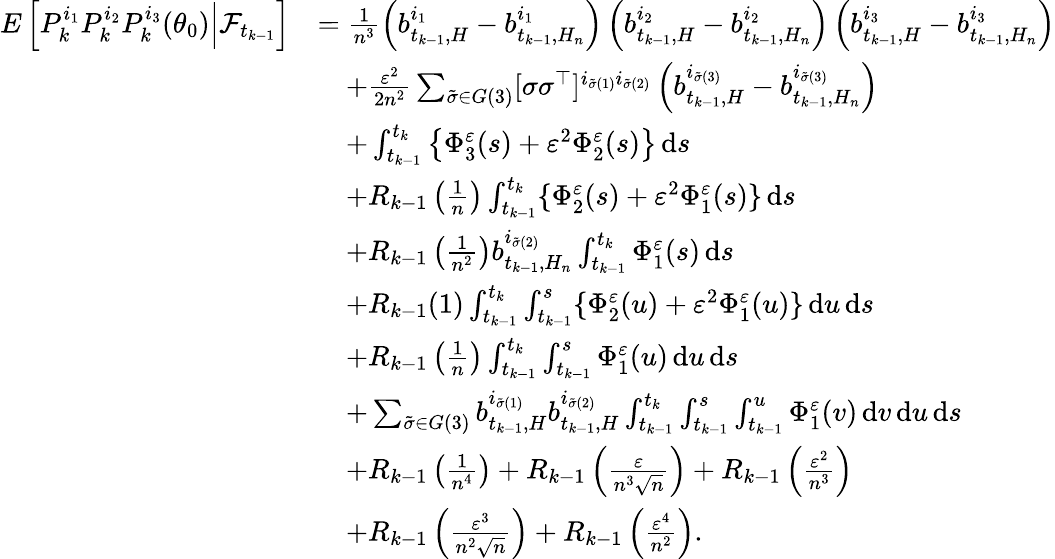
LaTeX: \begin{array}{rl}{E\left[P_{k}^{i_{1}}P_{k}^{i_{2}}P_{k}^{i_{3}}(\theta_{0})\Big|\mathcal{F}_{t_{k-1}}\right]}&{=\frac{1}{n^{3}}\left(b_{t_{k-1},H}^{i_{1}}-b_{t_{k-1},H_{n}}^{i_{1}}\right)\left(b_{t_{k-1},H}^{i_{2}}-b_{t_{k-1},H_{n}}^{i_{2}}\right)\left(b_{t_{k-1},H}^{i_{3}}-b_{t_{k-1},H_{n}}^{i_{3}}\right)}\\ &{\quad+\frac{\varepsilon^{2}}{2n^{2}}\sum_{\tilde{\sigma}\in G(3)}[\sigma\sigma^{\top}]^{i_{\tilde{\sigma}(1)}i_{\tilde{\sigma}(2)}}\left(b_{t_{k-1},H}^{i_{\tilde{\sigma}(3)}}-b_{t_{k-1},H_{n}}^{i_{\tilde{\sigma}(3)}}\right)}\\ &{\quad+\int_{t_{k-1}}^{t_{k}}\left\{ \Phi_{3}^{\varepsilon}(s)+\varepsilon^{2}\Phi_{2}^{\varepsilon}(s)\right\} \, \mathrm{d}s}\\ &{\quad+R_{k-1}\left(\frac{1}{n}\right)\int_{t_{k-1}}^{t_{k}}\{ \Phi_{2}^{\varepsilon}(s)+\varepsilon^{2}\Phi_{1}^{\varepsilon}(s)\} \, \mathrm{d}s}\\ &{\quad+R_{k-1}\left(\frac{1}{n^{2}}\right)b_{t_{k-1},H_{n}}^{i_{\tilde{\sigma}(2)}}\int_{t_{k-1}}^{t_{k}}\Phi_{1}^{\varepsilon}(s)\, \mathrm{d}s}\\ &{\quad+R_{k-1}(1)\int_{t_{k-1}}^{t_{k}}\int_{t_{k-1}}^{s}\{ \Phi_{2}^{\varepsilon}(u)+\varepsilon^{2}\Phi_{1}^{\varepsilon}(u)\} \, \mathrm{d}u\, \mathrm{d}s}\\ &{\quad+R_{k-1}\left(\frac{1}{n}\right)\int_{t_{k-1}}^{t_{k}}\int_{t_{k-1}}^{s}\Phi_{1}^{\varepsilon}(u)\, \mathrm{d}u\, \mathrm{d}s}\\ &{\quad+\sum_{\tilde{\sigma}\in G(3)}b_{t_{k-1},H}^{i_{\tilde{\sigma}(1)}}b_{t_{k-1},H}^{i_{\tilde{\sigma}(2)}}\int_{t_{k-1}}^{t_{k}}\int_{t_{k-1}}^{s}\int_{t_{k-1}}^{u}\Phi_{1}^{\varepsilon}(v)\, \mathrm{d}v\, \mathrm{d}u\, \mathrm{d}s}\\ &{\quad+R_{k-1}\left(\frac{1}{n^{4}}\right)+R_{k-1}\left(\frac{\varepsilon}{n^{3}\sqrt{n}}\right)+R_{k-1}\left(\frac{\varepsilon^{2}}{n^{3}}\right)}\\ &{\quad+R_{k-1}\left(\frac{\varepsilon^{3}}{n^{2}\sqrt{n}}\right)+R_{k-1}\left(\frac{\varepsilon^{4}}{n^{2}}\right).}\end{array}